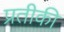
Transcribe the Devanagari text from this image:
प्रतीकी